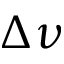
\Delta \nu